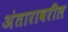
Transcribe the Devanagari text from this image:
अंतारावरील